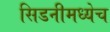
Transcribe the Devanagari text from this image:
सिडनीमध्येच